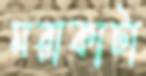
মরাকাটা